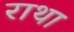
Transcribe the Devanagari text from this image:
राथा